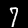
Label: 7